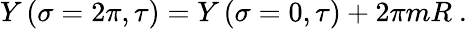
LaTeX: Y\left(\sigma=2\pi,\tau\right)=Y\left(\sigma=0,\tau\right)+2\pi mR\ .